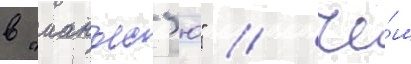
в "манъес'ю" / че́м